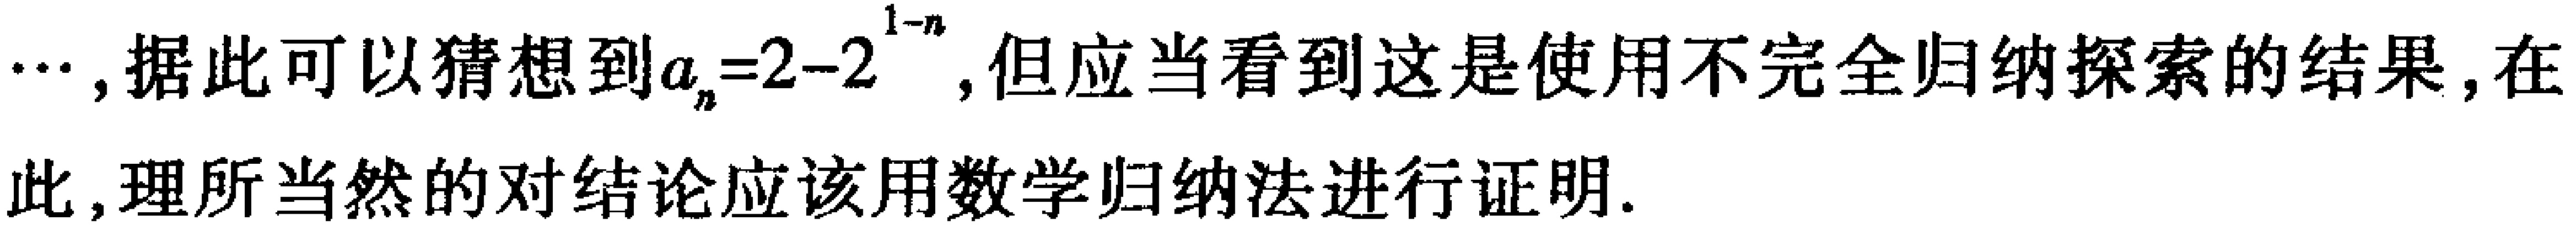
$\cdots ,据此可以猜想到a_{n}=2 - 2^{1 - n},但应当看到这是使用不完全归纳探索的结果,在此,理所当然的对结论应该用数学归纳法进行证明.$